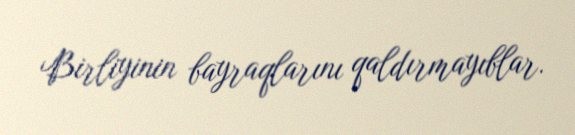
Birliyinin bayraqlarını qaldırmayıblar.